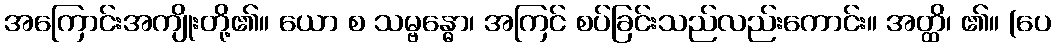
အကြောင်းအကျိုးတို့၏။ ယော စ သမ္ဗန္ဓော၊ အကြင် စပ်ခြင်းသည်လည်းကောင်း။ အတ္ထိ၊ ၏။ (ပေ